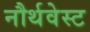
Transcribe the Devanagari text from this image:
नौर्थवेस्ट